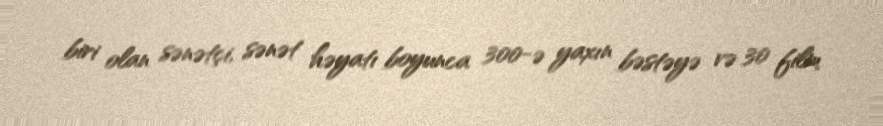
biri olan sənətçi, sənət həyatı boyunca 300-ə yaxın bəstəyə və 30 film